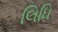
લિધિ